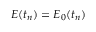
E ( t _ { n } ) = E _ { 0 } ( t _ { n } )